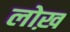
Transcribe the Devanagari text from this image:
लोख़